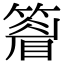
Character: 𥴔